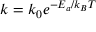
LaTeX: k = k _ { 0 } e ^ { { - E _ { a } } / { k _ { B } T } }